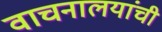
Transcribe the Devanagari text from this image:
वाचनालयांची